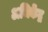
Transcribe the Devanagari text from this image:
अभिकेंद्र